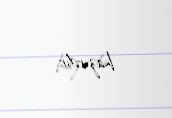
hazırdır.